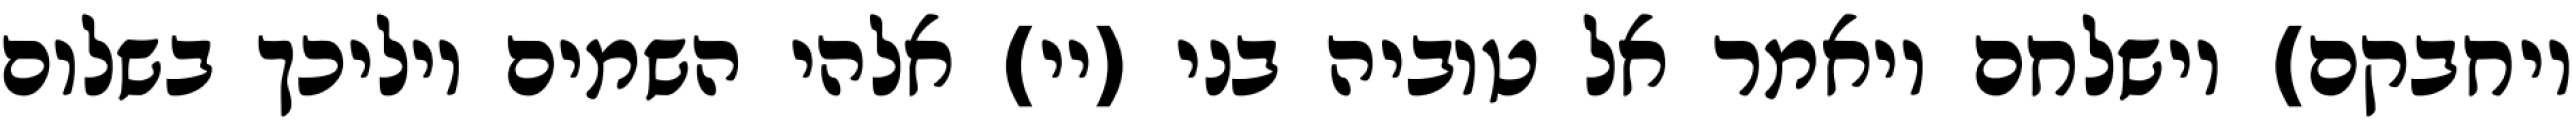
ויחבקם) וישלחם ויאמר אל טוביה בני (יי) אלהי השמים יוליכך בשלום